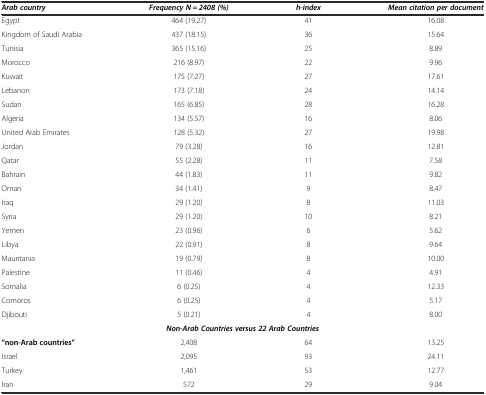
<table><thead><tr><td><b><i>Arab country</i></b></td><td><b><i>Frequency N = 2408 (%)</i></b></td><td><b><i>h-index</i></b></td><td><b><i>Mean citation per document</i></b></td></tr></thead><tbody><tr><td>Egypt</td><td>464 (19.27)</td><td>41</td><td>16.08</td></tr><tr><td>Kingdom of Saudi Arabia</td><td>437 (18.15)</td><td>36</td><td>15.64</td></tr><tr><td>Tunisia</td><td>365 (15.16)</td><td>25</td><td>8.89</td></tr><tr><td>Morocco</td><td>216 (8.97)</td><td>22</td><td>9.96</td></tr><tr><td>Kuwait</td><td>175 (7.27)</td><td>27</td><td>17.61</td></tr><tr><td>Lebanon</td><td>173 (7.18)</td><td>24</td><td>14.14</td></tr><tr><td>Sudan</td><td>165 (6.85)</td><td>28</td><td>16.28</td></tr><tr><td>Algeria</td><td>134 (5.57)</td><td>16</td><td>8.06</td></tr><tr><td>United Arab Emirates</td><td>128 (5.32)</td><td>27</td><td>19.98</td></tr><tr><td>Jordan</td><td>79 (3.28)</td><td>16</td><td>12.81</td></tr><tr><td>Qatar</td><td>55 (2.28)</td><td>11</td><td>7.58</td></tr><tr><td>Bahrain</td><td>44 (1.83)</td><td>11</td><td>9.82</td></tr><tr><td>Oman</td><td>34 (1.41)</td><td>9</td><td>8.47</td></tr><tr><td>Iraq</td><td>29 (1.20)</td><td>8</td><td>11.03</td></tr><tr><td>Syria</td><td>29 (1.20)</td><td>10</td><td>8.21</td></tr><tr><td>Yemen</td><td>23 (0.96)</td><td>6</td><td>5.62</td></tr><tr><td>Libya</td><td>22 (0.91)</td><td>8</td><td>9.64</td></tr><tr><td>Mauritania</td><td>19 (0.79)</td><td>8</td><td>10.00</td></tr><tr><td>Palestine</td><td>11 (0.46)</td><td>4</td><td>4.91</td></tr><tr><td>Somalia</td><td>6 (0.25)</td><td>4</td><td>12.33</td></tr><tr><td>Comoros</td><td>6 (0.25)</td><td>4</td><td>5.17</td></tr><tr><td>Djibouti</td><td>5 (0.21)</td><td>4</td><td>8.00</td></tr><tr><td colspan="4"><b><i>Non-Arab Countries versus 22 Arab Countries</i></b></td></tr><tr><td><b>“non-Arab countries”</b></td><td>2,408</td><td>64</td><td>13.25</td></tr><tr><td>Israel</td><td>2,095</td><td>93</td><td>24.11</td></tr><tr><td>Turkey</td><td>1,461</td><td>53</td><td>12.77</td></tr><tr><td>Iran</td><td>572</td><td>29</td><td>9.04</td></tr></tbody></table>